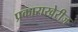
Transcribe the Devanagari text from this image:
प्रकाराखेरीज